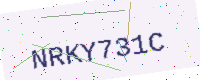
Text: NRKY731C